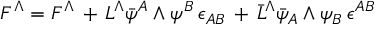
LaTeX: F ^ { \Lambda } = { \cal F } ^ { \Lambda } \, + \, L ^ { \Lambda } \bar { \psi } ^ { A } \wedge \psi ^ { B } \, \epsilon _ { A B } \, + \, \bar { L } ^ { \Lambda } \bar { \psi } _ { A } \wedge \psi _ { B } \, \epsilon ^ { A B }